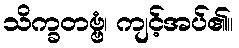
သိက္ခတဗ္ဗံ၊ ကျင့်အပ်၏။